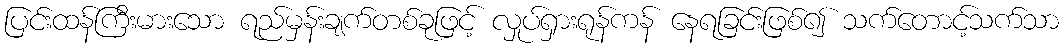
ပြင်းထန်ကြီးမားသော ရည်မှန်းချက်တစ်ခုဖြင့် လှုပ်ရှားရုန်ကန် နေရခြင်းဖြစ်၍ သက်တောင့်သက်သာ